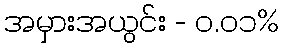
အမှားအယွင်း - ၀.၀၁%